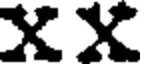
XX